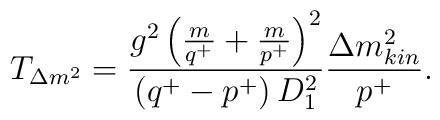
T_{\Delta m^2} = \frac{g^2 \left(\frac{m}{q^+}+\frac{m}{p^+}\right)^2}{\left(q^+-p^+\right)D_1^2} \frac{\Delta m^2_{kin}}{p^+} .